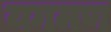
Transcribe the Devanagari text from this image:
यगमण